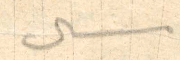
ميشال